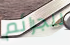
للجرائم